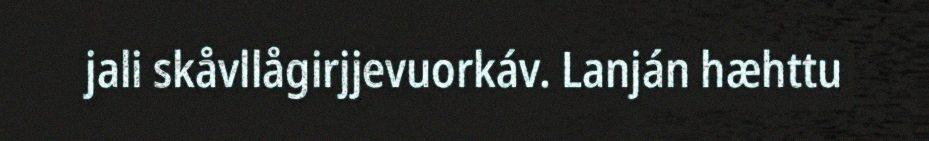
jali skåvllågirjjevuorkáv. Lanján hæhttu